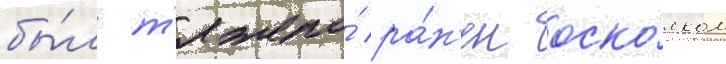
бы́л т'яжело́ ра́н'ен оско́лком